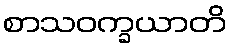
စာသဝက္ခယာတိ